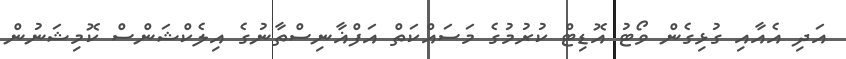
އަދި އެއާއި ގުޅިގެން ވޯޓު އޮޑިޓް ކުރުމުގެ މަސައްކަތް އަފްޣާނިސްތާނުގެ އިލެކްޝަންސް ކޮމިޝަނުން